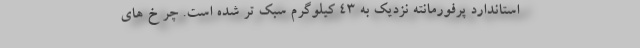
استاندارد پرفورمانته نزدیک به 43 کیلوگرم سبک تر شده است. چر خ های